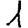
Digit: 1